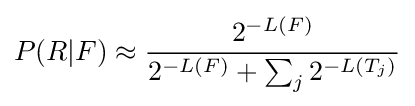
P(R|F)\approx {\frac {2^{-L(F)}}{2^{-L(F)}+\sum _{j}{2^{-L(T_{j})}}}}